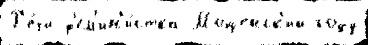
Р'е́чи ф'ем'ин'и́стка Мощенск'ий году